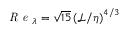
\textit { R e } _ { \lambda } = \sqrt { 1 5 } \left( \mathcal { L } / \eta \right) ^ { 4 / 3 }